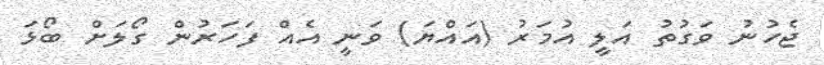
ޖެހުނު ވަގުތު އަލީ އުމަރު (އައްޔަ) ވަނީ އެއް ފަހަރުން ގޯލަށް ބޯޅަ